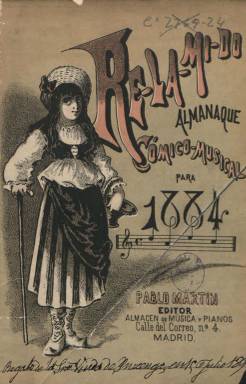
Título: Re-la-mi-do (Madrid)
Otros títulos: Relamido
Colección: Almanaques || Música
Ámbito geográfico: Madrid
Lugar de publicación: Madrid
Fechas: 01/01/1884-31/12/1884

Almanaque cómico-musical, editado por Pablo Martín Larrouy, propietario de la Casa Editorial de Música y Almacén de Pianos. De ochenta páginas y una cubierta a dos tintas, está ilustrado con numerosos grabados de caricaturas, tipos y escenas, muchas de ellas alegóricas sobre el arte musical, y chistes gráficos, tanto dentro como fuera de texto y estos ocupando completamente la plana, cuyo autor es el dibujante Manuel Cubas. Está estampado en la madrileña Imprenta de Enrique Rubiños, y contiene épocas, fiestas movibles, tablas de lunas, horario de salida y puesta del sol, así como el propio almanaque con el santoral. A este le siguen textos, generalmente narraciones, algunas biografías de músicos y un par de partituras musicales, así como el Juicio musical del año, bajo la firma de las iniciales L.B. Al final, incluye el catálogo de obras publicadas por la citada Casa Editorial de Música. En la colección de la Biblioteca Nacional de España sólo se encuentra el almanaque para 1884, pero existen noticias de que siguió publicándose anualmente hasta 1890. Pablo Martín también editó el semanario La Propaganda musical, entre 1880 y 1883. Para bibliografía de referencia de la prensa musical española, véase la obra de Torres Mulas (1991)